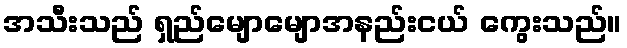
အသီးသည် ရှည်မျောမျောအနည်းငယ် ကွေးသည်။